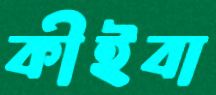
কীইবা